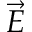
\Vec { E }